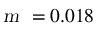
\textsl { m } = 0 . 0 1 8